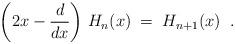
LaTeX: \begin{align*}\left(2x-\frac{d}{dx} \right) \, H_n(x) \;=\; H_{n+1}(x) \;\;.\end{align*}